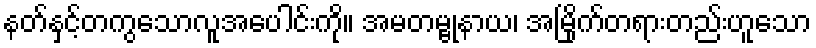
နတ်နှင့်တကွသောလူအပေါင်းကို။ အမတမ္ဗုနာယ၊ အမြိုက်တရားတည်းဟူသော